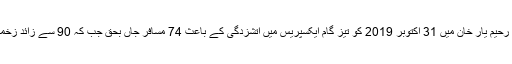
واضح رہے کہ رحیم یار خان میں 31 اکتوبر 2019 کو تیز گام ایکسپریس میں آتشزدگی کے باعث 74 مسافر جاں بحق جب کہ 90 سے زائد زخمی ہوگئے تھے۔